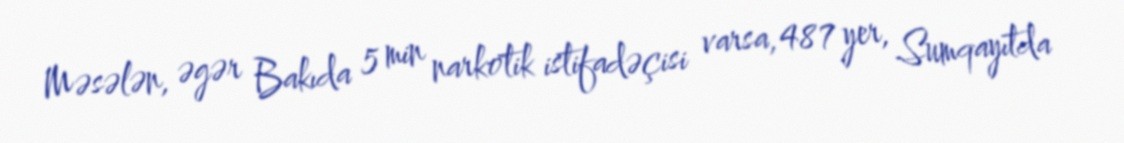
Məsələn, əgər Bakıda 5 min narkotik istifadəçisi varsa, 487 yer, Sumqayıtda